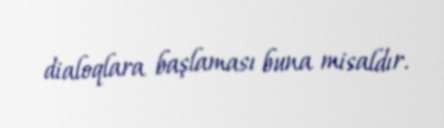
dialoqlara başlaması buna misaldır.